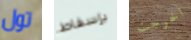
تول بإسقاط اخرجت